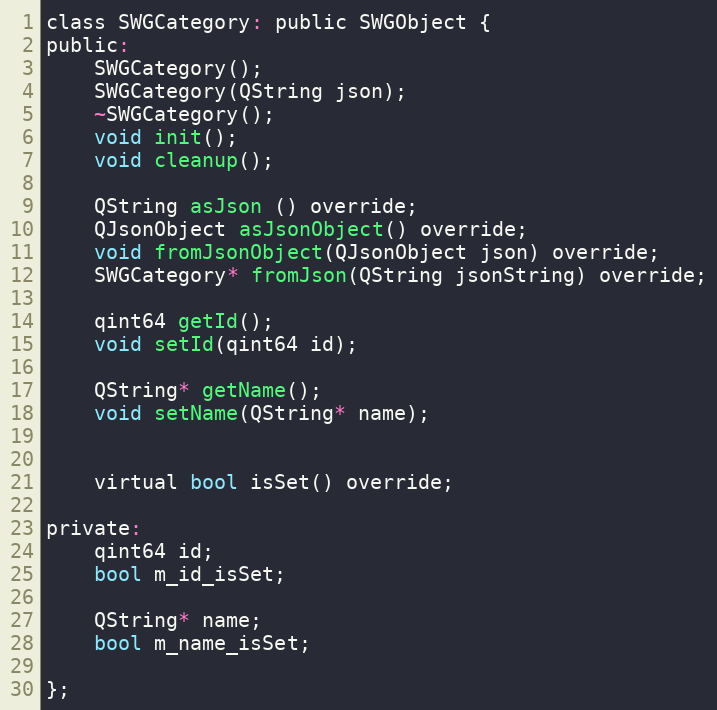
Language: C
class SWGCategory: public SWGObject {
public:
    SWGCategory();
    SWGCategory(QString json);
    ~SWGCategory();
    void init();
    void cleanup();

    QString asJson () override;
    QJsonObject asJsonObject() override;
    void fromJsonObject(QJsonObject json) override;
    SWGCategory* fromJson(QString jsonString) override;

    qint64 getId();
    void setId(qint64 id);

    QString* getName();
    void setName(QString* name);

    virtual bool isSet() override;

private:
    qint64 id;
    bool m_id_isSet;

    QString* name;
    bool m_name_isSet;

};